Calcutta medical institutions reports 1892-1900
Year: 1892
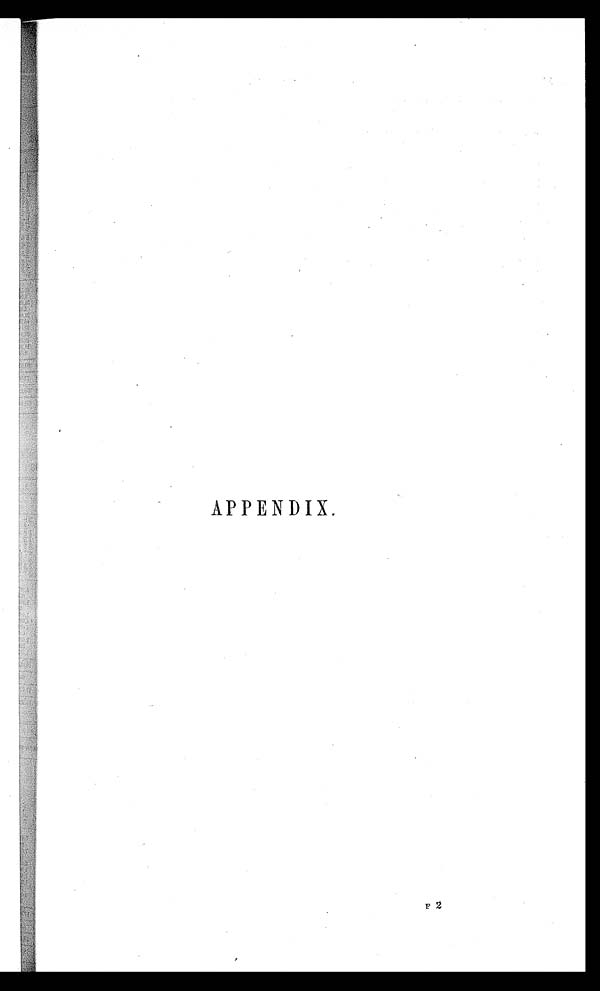
APPENDIX.
F 2